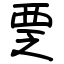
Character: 覂